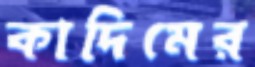
কাদিমের